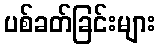
ပစ်ခတ်ခြင်းများ